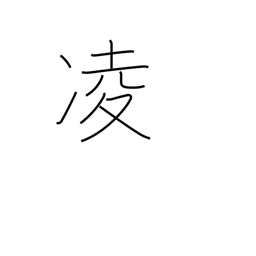
Meaning: stave off